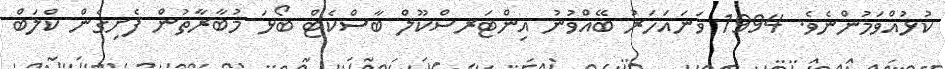
ކުޅުއްވަމުންނެވެ. 1994 ވަނައަހަރު ބޭއްވުނު އިންޓަރސްކޫލް ބާސްކެޓް ބޯޅަ މުބާރާތުން ފެށިގެން ކްލަބް